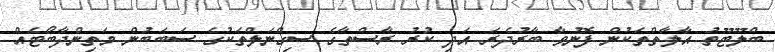
ބްލޫޓޫތު އާލާތްތަކުން ފޮނުވާ ބާރުދެރަ އަދި ކުރު ރާސްތާގެ ސިގްނަލްތަކުގެ ސަބަބުން މަތިންދާބޯޓެއް